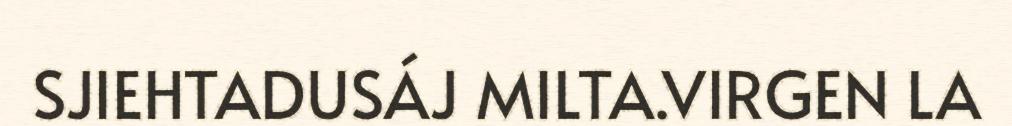
SJIEHTADUSÁJ MILTA.VIRGEN LA